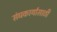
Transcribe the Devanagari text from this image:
संघकार्यासाठी